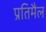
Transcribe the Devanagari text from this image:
प्रतिमैल